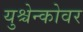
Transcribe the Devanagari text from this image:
युश्चेन्कोवर